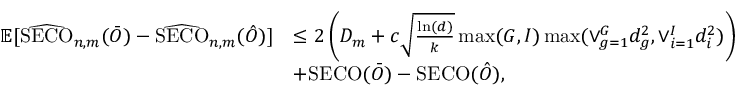
\begin{array} { r l } { \mathbb { E } [ \widehat { \mathrm { S E C O } } _ { n , m } ( \bar { O } ) - \widehat { \mathrm { S E C O } } _ { n , m } ( \hat { O } ) ] } & { \leq 2 \left( D _ { m } + c \sqrt { \frac { \ln ( d ) } { k } } \operatorname* { m a x } ( G , I ) \operatorname* { m a x } ( \vee _ { g = 1 } ^ { G } d _ { g } ^ { 2 } , \vee _ { i = 1 } ^ { I } d _ { i } ^ { 2 } ) \right) } \\ & { + \mathrm { S E C O } ( \bar { O } ) - \mathrm { S E C O } ( \hat { O } ) , } \end{array}